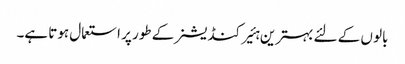
بالو ں کے لئے بہترین ہئیر کنڈیشنر کے طور پر استعمال ہوتا ہے۔